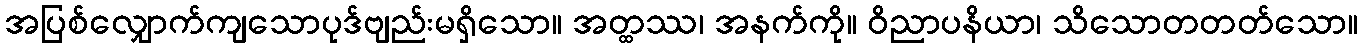
အပြစ်လျှောက်ကျသောပုဒ်ဗျည်းမရှိသော။ အတ္ထဿ၊ အနက်ကို။ ဝိညာပနိယာ၊ သိသောတတတ်သော။